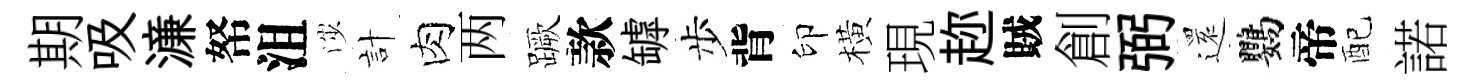
期吸濓帑沮渉計肉两蹶款罅步背印橫現趂賊創弼𮟃鸚帝配諾